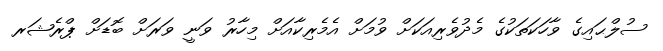
ސުލްޙައިގެ ވާހަކަތަކުގެ މެދުވެރިއަކަށް ވުމަށް އެމެރިކާއަށް މިހާރު ވަނީ ވަރަށް ބޮޑަށް ޕްރެޝަރ